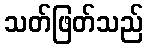
သတ်ဖြတ်သည်